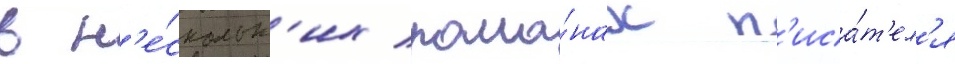
в н'е́скольк'их рома́нах п'иса́т'ел'я